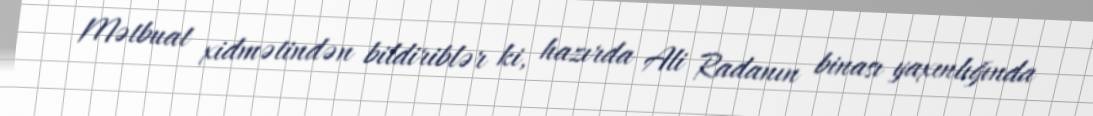
Mətbuat xidmətindən bildiriblər ki, hazırda Ali Radanın binası yaxınlığında